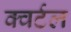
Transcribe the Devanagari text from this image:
क्वर्टल